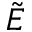
\tilde { E }